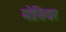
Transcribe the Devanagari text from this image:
मोसियर